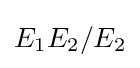
E_{1}E_{2}/E_{2}